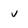
Character: v